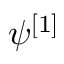
\psi ^ { [ 1 ] }